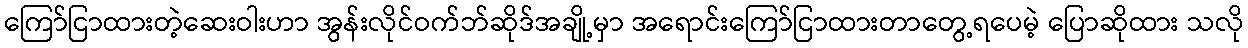
ကြော်ငြာထားတဲ့ဆေးဝါးဟာ အွန်းလိုင်ဝက်ဘ်ဆိုဒ်အချို့မှာ အရောင်းကြော်ငြာထားတာတွေ့ရပေမဲ့ ပြောဆိုထား သလို